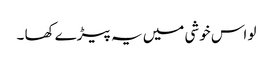
لو اس خوشی میں یہ پیڑے کھا ۔